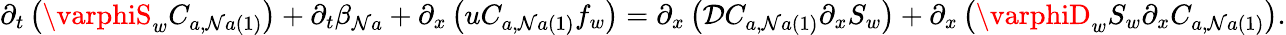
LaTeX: \partial_{t}\left(\varphiS_{w}C_{a,\mathcal{N}a\left(1\right)}\right)+\partial_{t}\beta_{\mathcal{N}a}+\partial_{x}\left(uC_{a,\mathcal{N}a\left(1\right)}f_{w}\right)=\partial_{x}\left(\mathcal{{D}}C_{a,\mathcal{N}a\left(1\right)}\partial_{x}S_{w}\right)+\partial_{x}\left(\varphiD_{w}S_{w}\partial_{x}C_{a,\mathcal{N}a\left(1\right)}\right).